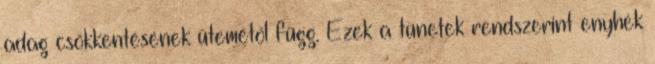
adag csökkentésének ütemétől függ. Ezek a tünetek rendszerint enyhék